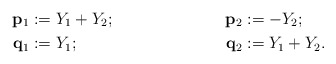
\begin{align*} \mathbf{p}_1 &:=Y_1+Y_2; & \mathbf{p}_2 &:=-Y_2; \\ \mathbf{q}_1 &:=Y_1; & \mathbf{q}_2 &:=Y_1+Y_2.\end{align*}